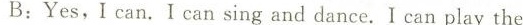
B:Yes,Ican. Ican sing and dance. Ican play the